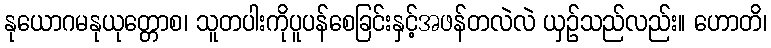
နုယောဂမနုယုတ္တောစ၊ သူတပါးကိုပူပန်စေခြင်းနှင့်အဖန်တလဲလဲ ယှဉ်သည်လည်း။ ဟောတိ၊